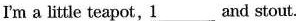
I'm a little teapot,\underline{1}___and stout.